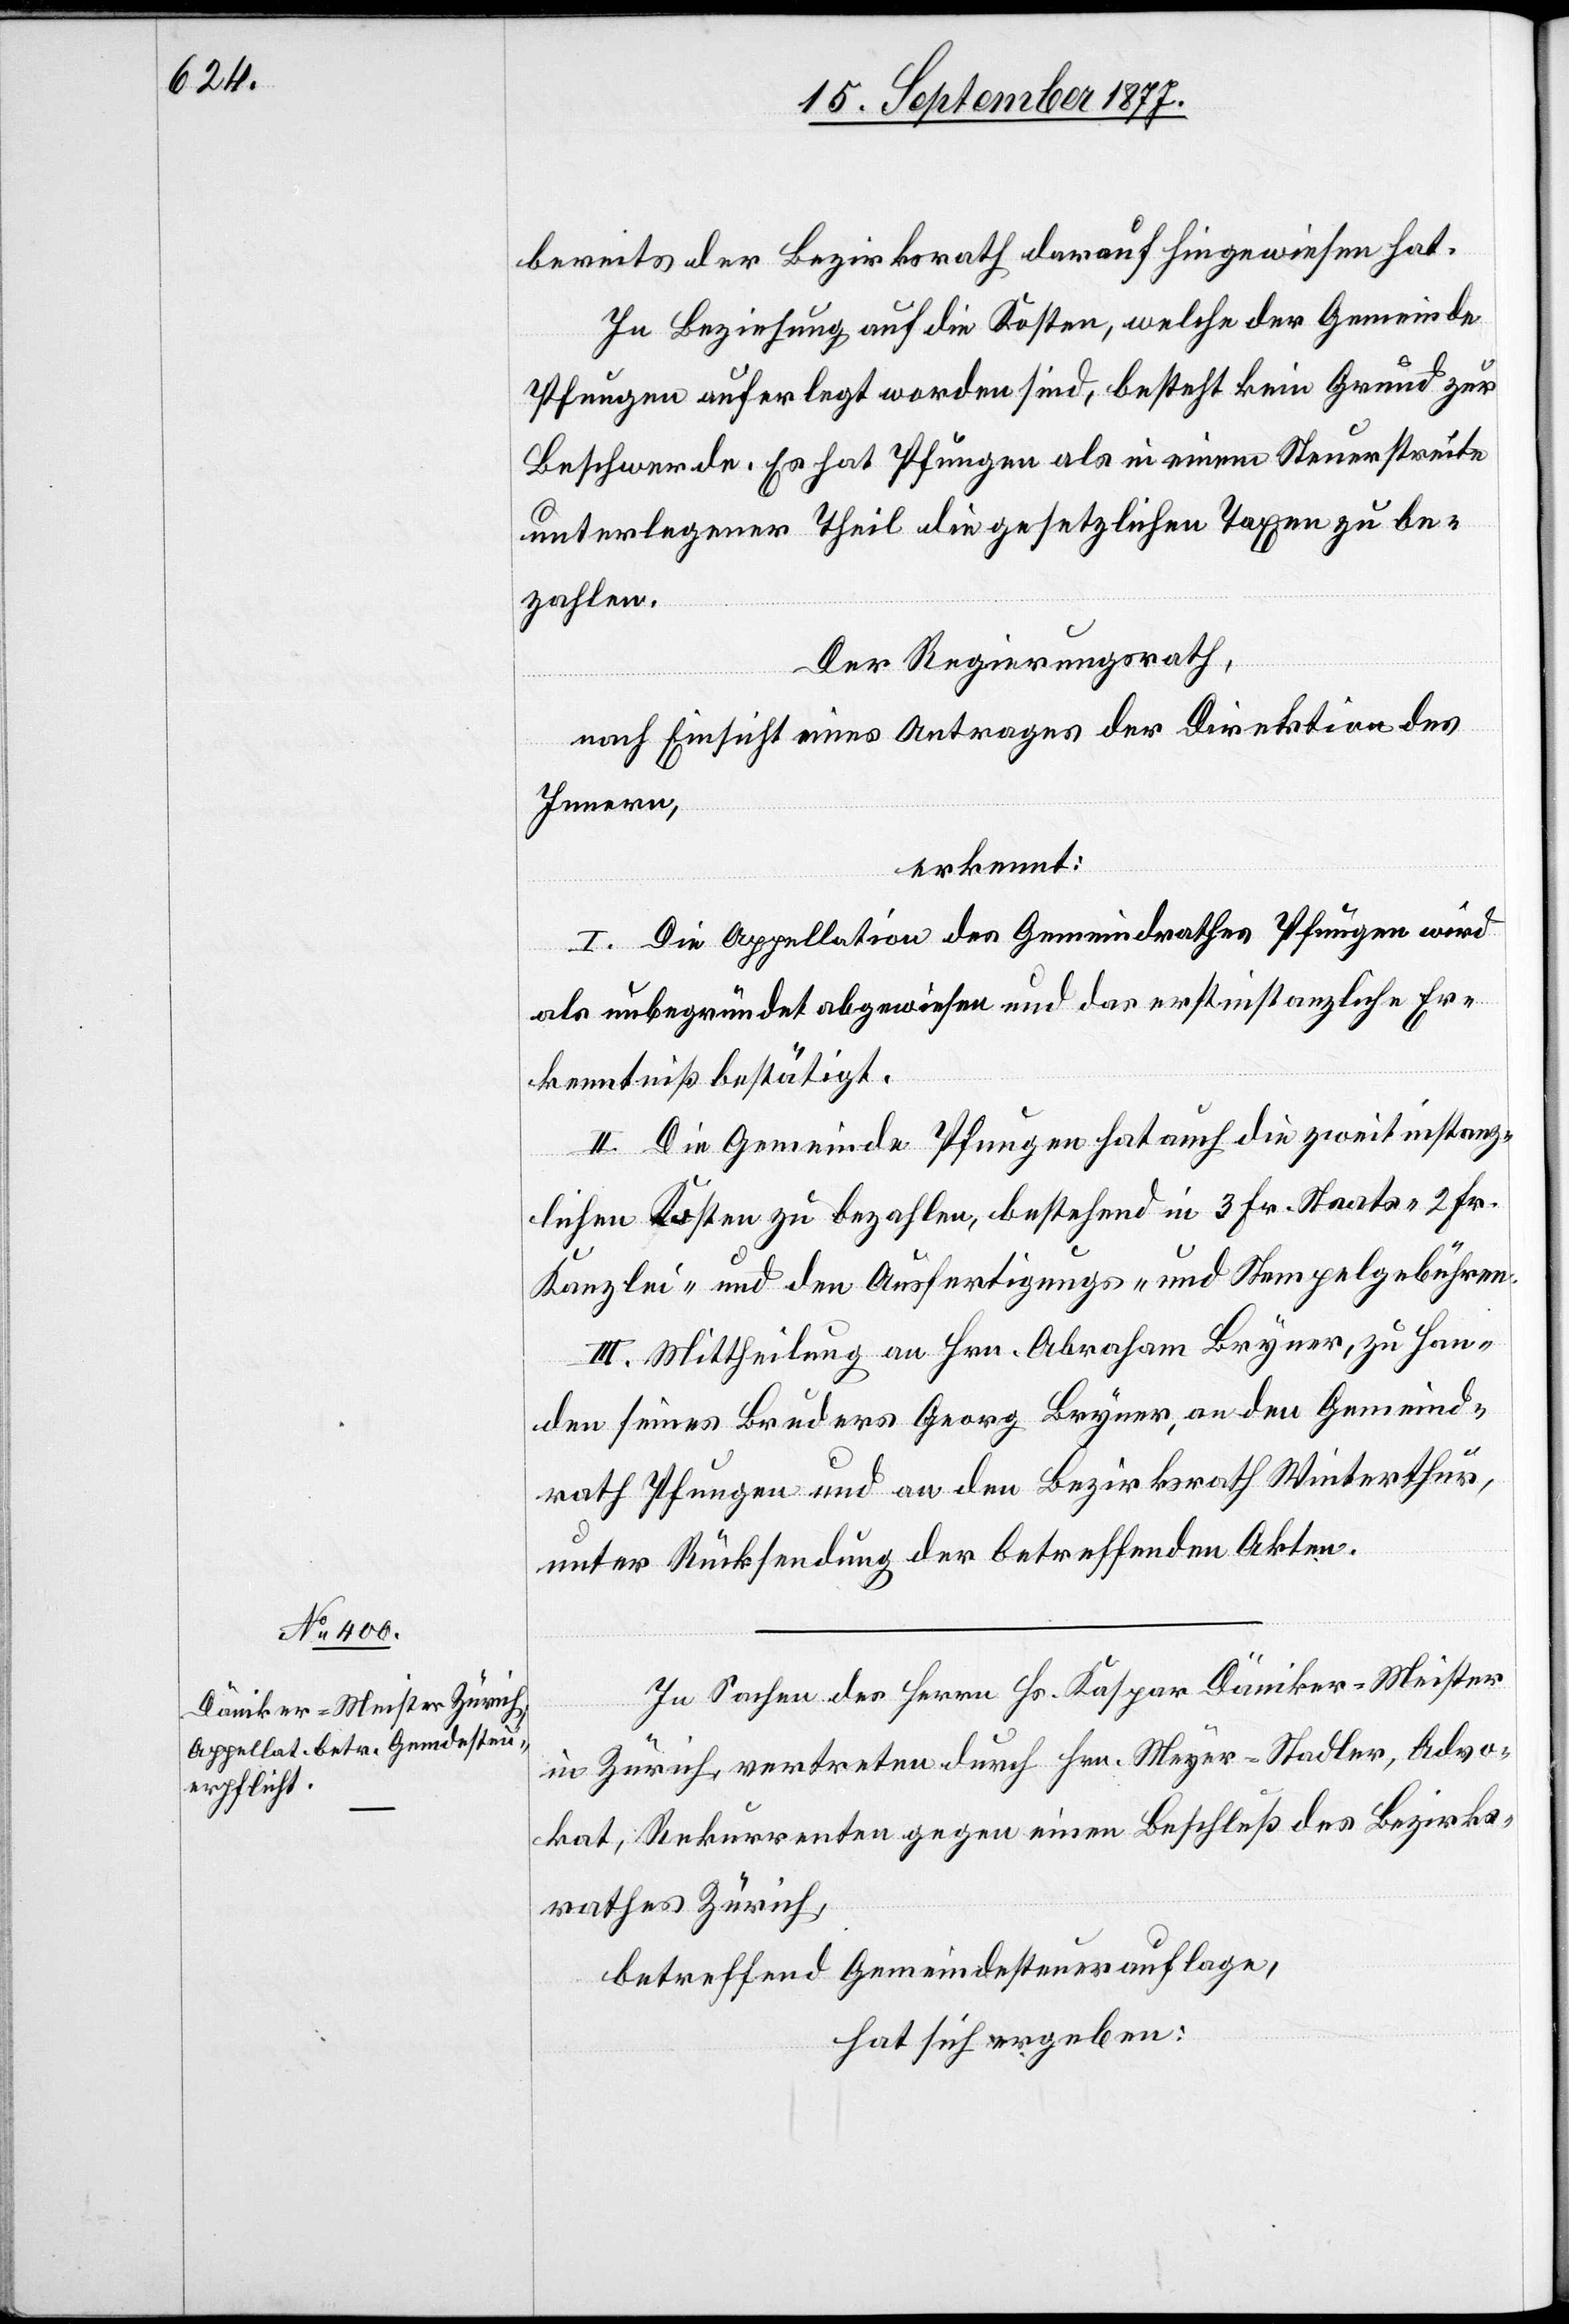
bereits der Bezirksrath darauf hingewiesen hat.
In Beziehung auf die Kosten, welche der Gemeinde
Pfungen auferlegt worden sind, besteht kein Grund zur
Beschwerde. Es hat Pfungen als in einem Steuerstreite
unterlegener Theil die gesetzlichen Taxen zu be¬
zahlen.
Der Regierungsrath,
nach Einsicht eines Antrages der Direktion des
Innern,
erkennt:
I. Die Appellation des Gemeindrathes Pfungen wird
als unbegründet abgewiesen und das erstinstanzliche Er¬
kenntniß bestätigt.
II. Die Gemeinde Pfungen hat auch die zweitinstanz¬
lichen Kosten zu bezahlen, bestehend in 3 Fr. Staats-[,] 2 Fr.
Kanzlei- und den Ausfertigungs- und Stempelgebühren.
III. Mittheilung an Hrn. Abraham Bryner, zu Han¬
den seines Bruders Georg Bryner, an den Gemeind¬
rath Pfungen und an den Bezirksrath Winterthur,
unter Rücksendung der betreffenden Akten.
In Sachen des Herrn Hs. Kaspar Däniker-Meister
in Zürich, vertreten durch Hrn. Meyer-Stadler, Advo¬
kat, Rekurrenten gegen einen Beschluß des Bezirks¬
rathes Zürich,
betreffend Gemeindesteuerauflage,
hat sich ergeben: